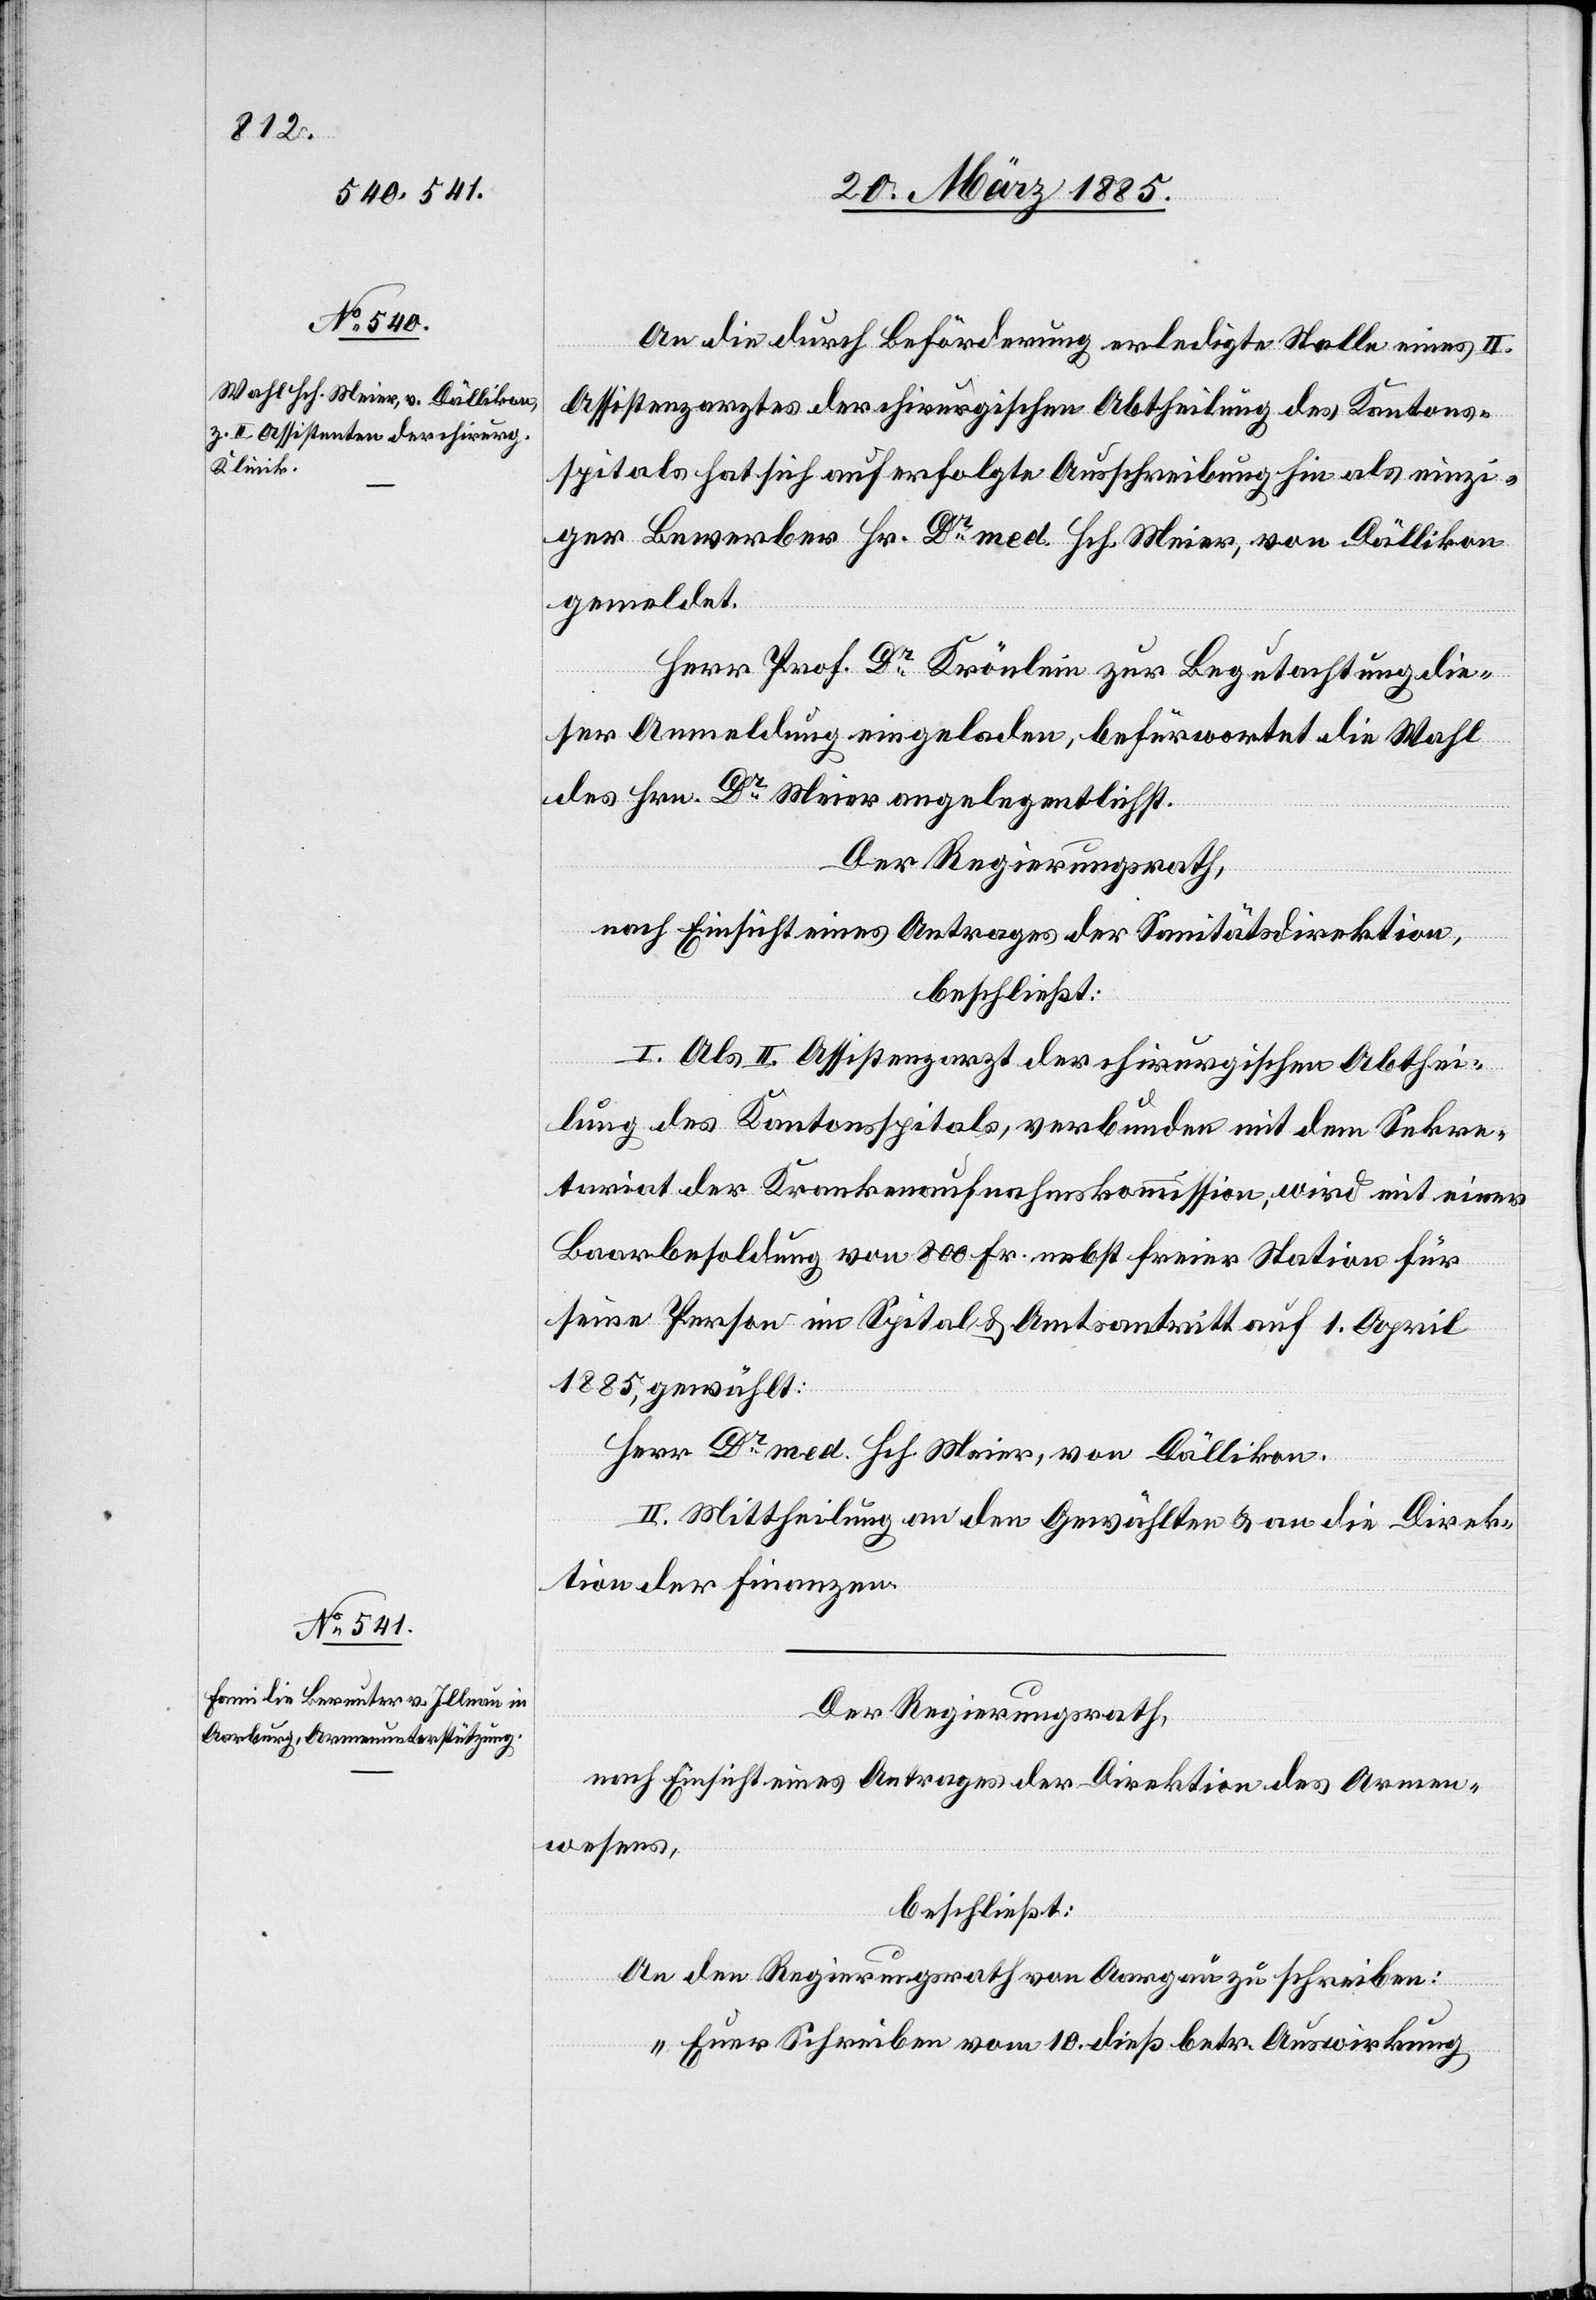
An die durch Beförderung erledigte Stelle eines II.
Assistenzarztes der chirurgischen Abtheilung des Kantons¬
spitals hat sich auf erfolgte Ausschreibung hin als einz¬
iger Bewerber Hr. Dr med. Hch. Meier, von Dällikon
gemeldet.
Herr Prof. Dr Krönlein zur Begutachtung die¬
ser Anmeldung eingeladen, befürwortet die Wahl
des Hrn. Dr Meier angelegentlichst.
Der Regierungsrath,
nach Einsicht eines Antrages der Sanitätsdirektion,
beschließt:
I. Als II. Assistenzarzt der chirurgischen Abthei¬
lung des Kantonsspitals, verbunden mit dem Sekre¬
tariat der Krankenaufnahmskommission, wird mit einer
Baarbesoldung von 800 Fr. nebst freier Station für
seine Person im Spital & Amtsantritt auf 1. April
1885, gewählt:
Herr Dr med. Hch. Meier, von Dällikon.
II. Mittheilung an den Gewählten & an die Direk¬
tion der Finanzen.
Der Regierungsrath,
nach Einsicht eines Antrages der Direktion des Armen¬
wesens,
beschließt:
An den Regierungsrath von Aargau zu schreiben:
„Euer Schreiben vom 10. dieß betr. Auswirkung